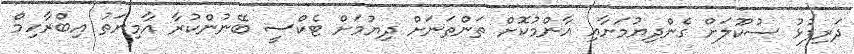
ދަރިފުޅު ސުކޫލަށް ގެންދިޔުމަށާއި އާންމުކޮށް ތަންތަނަށް ދިޔުމަށް ޓެކްސީ ބޭނުންކުރާ އާމިނަތު އިބްރާހިމް